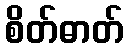
စိတ်ဓာတ်